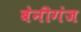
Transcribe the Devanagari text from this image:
बेनीगंज